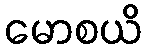
မောစယိ